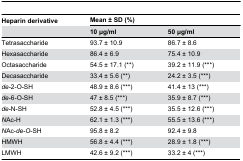
<table><thead><tr><td><b>Heparin derivative</b></td><td colspan="2"><b>Mean ± SD (%)</b></td></tr><tr><td></td><td><b>10 μg/ml</b></td><td><b>50 μg/ml</b></td></tr></thead><tbody><tr><td>Tetrasaccharide</td><td>93.7 ± 10.9</td><td>86.7 ± 8.6 </td></tr><tr><td>Hexasaccharide</td><td>86.4 ± 6.9</td><td>75.4 ± 10.9 </td></tr><tr><td>Octasaccharide</td><td>54.5 ± 17.1 (**)</td><td>39.2 ± 11.9 (***)</td></tr><tr><td>Decasaccharide</td><td>33.4 ± 5.6 (**)</td><td>24.2 ± 3.5 (***)</td></tr><tr><td><i>de</i>-2-O-SH</td><td>48.9 ± 8.6 (***)</td><td>41.4 ± 13 (***)</td></tr><tr><td><i>de</i>-6-O-SH</td><td>47 ± 8.5 (***)</td><td>35.9 ± 8.7 (***)</td></tr><tr><td><i>de</i>-N-SH</td><td>52.8 ± 4.5 (***)</td><td>35.5 ± 12.6 (***)</td></tr><tr><td><i>N</i>Ac-H</td><td>62.1 ± 1.3 (***)</td><td>55.5 ± 13.6 (***)</td></tr><tr><td><i>N</i>Ac-<i>de</i>-<i>O</i>-SH</td><td>95.8 ± 8.2</td><td>92.4 ± 9.8</td></tr><tr><td>HMWH</td><td>56.8 ± 4.4 (***)</td><td>28.9 ± 1.8 (***)</td></tr><tr><td>LMWH</td><td>42.6 ± 9.2 (***)</td><td>33.2 ± 4 (***)</td></tr></tbody></table>